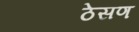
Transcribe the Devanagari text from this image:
ठेसण